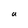
Character: a